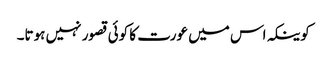
کوینکہ اس میں عورت کا کوئی قصور نہیں ہوتا۔